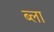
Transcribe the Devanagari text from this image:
ब्ला